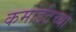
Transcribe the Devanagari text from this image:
कमांडंटच्या